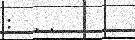
: